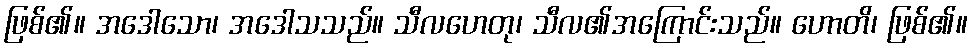
ဖြစ်၏။ အဒေါသော၊ အဒေါသသည်။ သီလဟေတု၊ သီလ၏အကြောင်းသည်။ ဟောတိ၊ ဖြစ်၏။